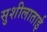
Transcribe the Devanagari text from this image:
सुशीलाताई